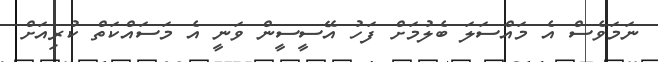
ނަމަވެސް އެ މައްސަލަ ބެލުމަށް ފަހު އޭސީސީން ވަނީ އެ މަސައްކަތް ކުރިއަށް